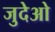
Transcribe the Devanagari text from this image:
जुदेओ